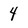
Character: 4